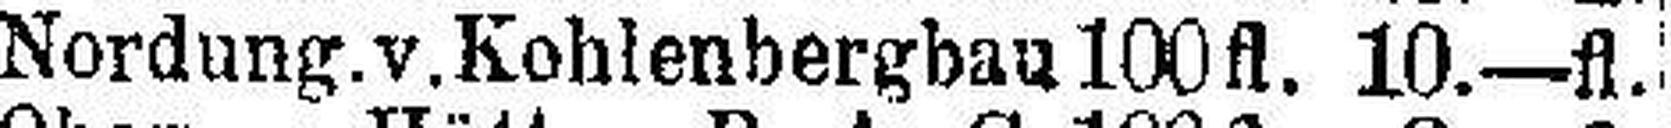
Nordung. v. Kohlenbergbau 100 fl. 10—fl.